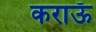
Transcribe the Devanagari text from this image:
कराऊँ